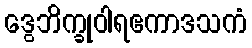
ဒွေဘိက္ခုဝါရဧကာဒသကံ